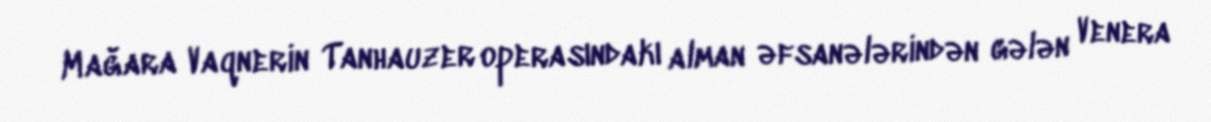
Mağara Vaqnerin Tanhauzer operasındakı alman əfsanələrindən gələn Venera